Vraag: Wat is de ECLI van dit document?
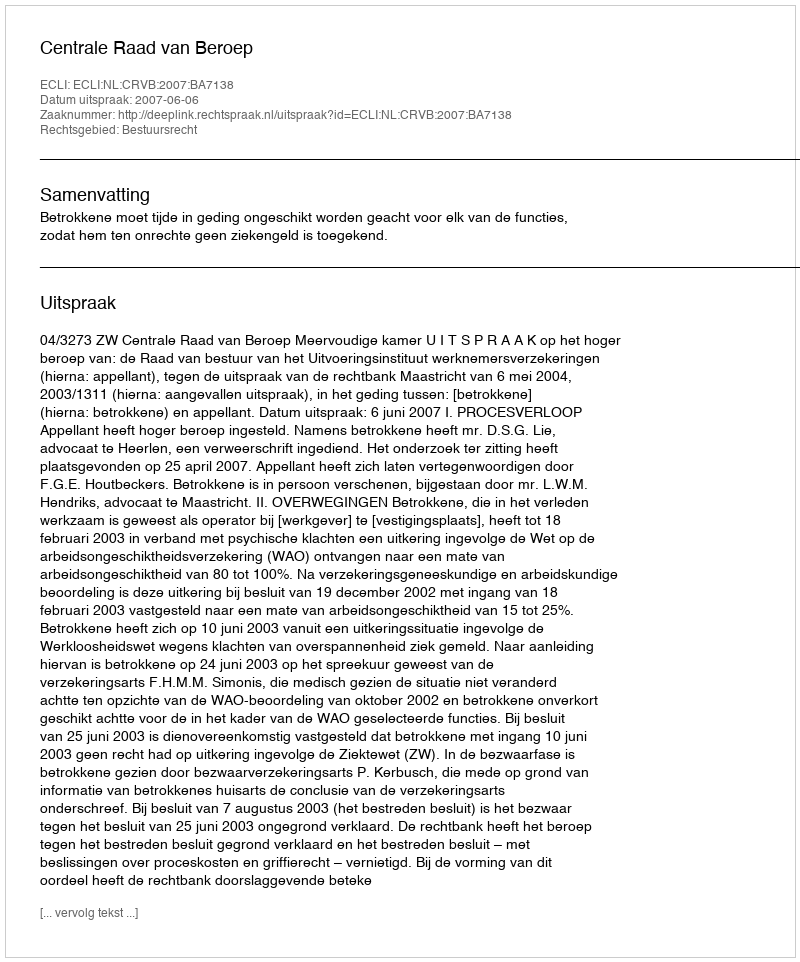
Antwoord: ECLI:NL:CRVB:2007:BA7138